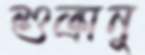
শুক্রানু